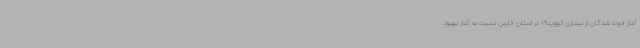
آمار فوت شدگان از بیماری کووید19 در استان فارس نسبت به آمار بهبود